Report on vaccination in Madras 1904-1921 - 1904-1921
Year: 1904
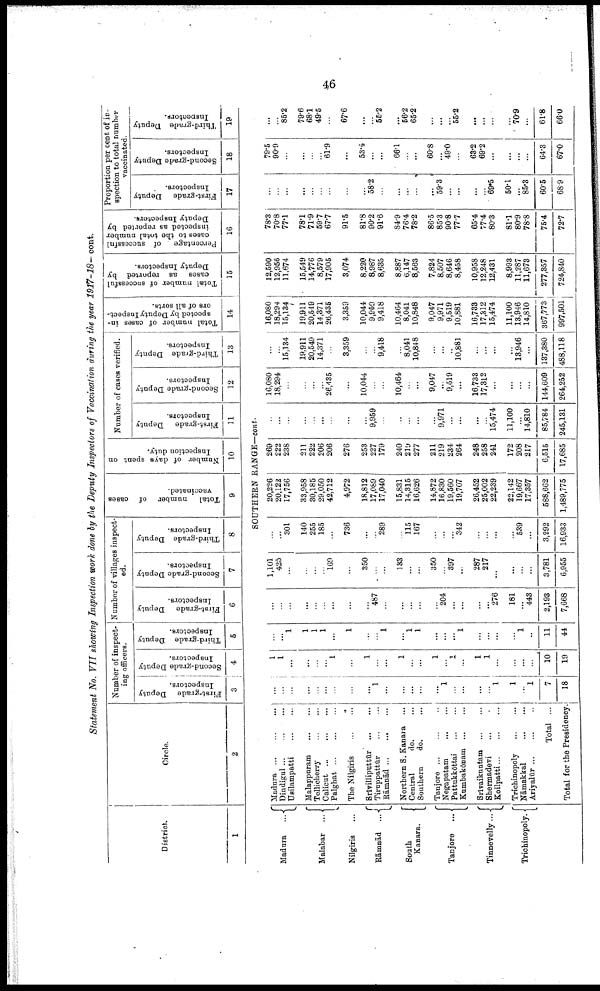
46
Statement No. VII showing Inspection work done by the Deputy Inspectors of Vaccination during the year 1917-18— cont.
District.
1
Circle.
2
Number of inspect
ing officers.
First-grade Deputy
Inspectors.
3
Second-grade Deputy
Inspectors.
4
Third-grade Deputy
Inspectors.
5
Number of villages inspect¬
ed.
First-grade Deputy
Inspectors.
6
Second-grade Deputy
Inspectors.
7
Third-grade Deputy
Inspectors.
8
Total number of cases
vaccinated.
9
Number of days spent on
Inspection duty.
10
Number of cases verified.
First-grade Deputy
Inspectors.
11
Second-grade Deputy
Inspectors.
12
Third-grade Deputy
Inspectors.
13
Total number of cases in
spected by Deputy Inspect
ors of all sorts.
14
Total number of successful
cases as reported by
Deputy Inspectors.
15
Percentage. of successful
oases to the total number
inspected as reported by
Deputy Inspectors.
16
Proportion per cent of in
spection to total number
vaccinated.
First-grade Deputy
Inspectors.
17
Second-grade Deputy
Inspectors.
18
Third-grade Deputy
Inspectors.
19
SOUTHERN RANGE—cont.
Madura
...
Malabar ...
Nilgiris ...
Rāmnād ...
South
Kanara.
Tanjore
...
Tinnevelly ...
Trichinopoly.
Madura
...
...
...
Dindigul ... ... ...
Usilampatti ... ... ...
Malappuram ... ...
Tellicherry
...
...
Calicut
...
...
...
Palghat ... ... ...
The Nilgiris
... ...
Srīvilliputtūr
...
...
Tiruppattūr
...
...
Rāmnād
...
...
...
Northern S. Kanara ...
Central
do. ...
Southern
do. ...
Tanjore ... ... ...
Negapatam
...
...
Pattukkōttai
...
...
Kumbakōnam
...
...
Srīvaikuntam
...
...
Shermadevi ... ... ...
Koilpatti
...
...
...
Trichinopoly
...
...
Nāmakkal ... ...
Ariyalūr ... ... ...
Total ...
Total for the Presidency.
...
...
...
...
...
... ...
...
...
1
...
...
...
...
...
1
...
...
...
...
1
1
...
1
7
18
1
1
...
...
...
... 1
...
1
...
...
1
...
...
1
...
1
...
1
1
...
...
...
...
10
19
...
...
1
1
1
1
...
1
...
...
1
...
1
1
...
...
...
1
...
...
...
...
1
...
11
44
...
...
...
...
...
...
...
...
...
487
...
...
...
...
...
204
...
...
...
...
276
181
...
443
2,193
7,668
1,101
425
...
...
...
...
169
...
350
...
...
133
...
...
350
...
397
...
287
217
...
...
...
...
3,781
6,955
...
...
301
140
255
185
...
736
...
...
289
...
115
167
...
...
...
342
...
...
...
...
589
...
3,292
16,933
20,226
20,122
17,756
33,958
30,185
29,050
42,712
4,972
18,812
17,089
17,040
15,831
14,315
16,626
14,872
16,830
19,560
19,707
26,452
25,002
22,239
22,142
19,667
17,357
588,662
1,489,775
269
222
238
211
222
206
206
276
253
227
179
240
219
277
211
219
234
264
248
258
241
172
208
217
6,515
17,685
...
...
...
...
...
...
...
...
...
9,959
...
...
...
...
...
9,971
...
...
...
15,474
11,100
...
14,810
85,784
245,131
16,080
18,294
...
...
...
...
26,135
...
10,044
...
...
10,464
...
...
9,047
...
9,519
...
16,733
17,312
...
...
...
...
144,609
264,252
...
15,134
19,911
20,549
14,371
...
3,359
...
...
9,418
...
8,041
10,848
...
...
...
10,881
...
...
...
...
18,946
...
137,380
488,118
16,080
18,294
15,134
19,911
20,549
14,371
26,435
3,359
10,044
9,959
9,418
10,464
8,041
10,848
9,047
9,971
9,519
10,881
16,733
17,312
15,474
11,100
13,946
14,810
367,773
997,501
12,590
12,956
11,674
15,549
14,776
8,579
17,905
3,074
8,220
8,987
8,635
8,887
6,147
8,563
7,824
8,507
8,646
8,458
10,958
12,248
12,431
8,993
11,287
11,678
277,357
724,840
78.3
70.8
77.1
78.1
71.9
59.7
67.7
91.5
81.8
90.2
91.6
84.9
76.4
78.2
86.5
85.3
90.8
77.7
65.4
77.4
80.3
81.1
80.9
78.8
75.4
72.7
...
...
...
...
...
...
...
...
...
58.2
...
...
...
...
...
59.3
...
...
...
...
69.5
50.1
...
85.3
60.5
68.9
79.5
90.9
...
...
...
...
61.9
...
53.4
...
...
66.1
...
...
60.8
...
49.0
...
63.2
69.2
...
...
...
...
64.3
67.0
...
...
85.2
79.6
68.1
49.5
...
67.6
...
...
55.2
...
56.2
65.2
...
...
...
55.2
...
...
...
...
70.9
...
61.8
66.0